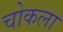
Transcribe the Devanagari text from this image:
चोकला